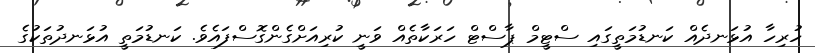
ހުރިހާ އުޅަނދެއް ކަނޑުމަތީގައި ސްޓީމް ޕާސްޓް ހަރަކާތެއް ވަނީ ކުރިއަށްގެންގޮސްފައެވެ. ކަނޑުމަތީ އުޅަނދުތަކުގެ